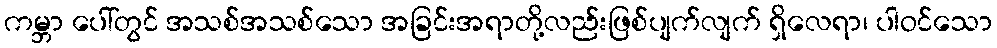
ကမ္ဘာ ပေါ်တွင် အသစ်အသစ်သော အခြင်းအရာတို့လည်းဖြစ်ပျက်လျက် ရှိလေရာ၊ ပါဝင်သော